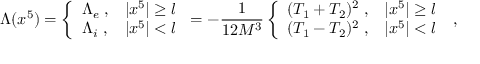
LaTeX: \Lambda ( x ^ { 5 } ) = \left\{ \begin{array} { c c } { { \Lambda _ { e } \; , } } & { { | x ^ { 5 } | \ge l } } \\ { { \Lambda _ { i } \; , } } & { { | x ^ { 5 } | < l } } \end{array} \right. = - \frac { 1 } { 1 2 M ^ { 3 } } \left\{ \begin{array} { c c } { { ( T _ { 1 } + T _ { 2 } ) ^ { 2 } \; , } } & { { | x ^ { 5 } | \ge l } } \\ { { ( T _ { 1 } - T _ { 2 } ) ^ { 2 } \; , } } & { { | x ^ { 5 } | < l } } \end{array} \right. \; ,